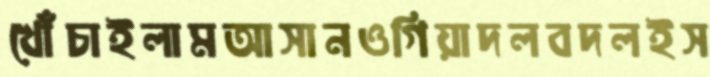
খোঁচাইলামআসানওগিয়াদলবদলইস